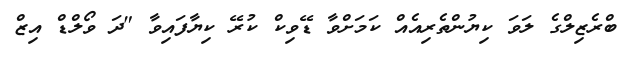
ބްރެޒިލްގެ ލަވަ ކިޔުންތެރިއެއް ކަމަށްވާ ޑޭވިކް ކުރޭ ކިޔާފައިވާ "ދަ ވޯލްޑް އިޒް